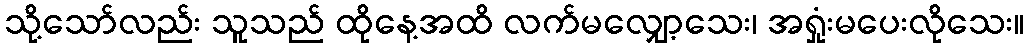
သို့သော်လည်း သူသည် ထိုနေ့အထိ လက်မလျှော့သေး၊ အရှုံးမပေးလိုသေး။